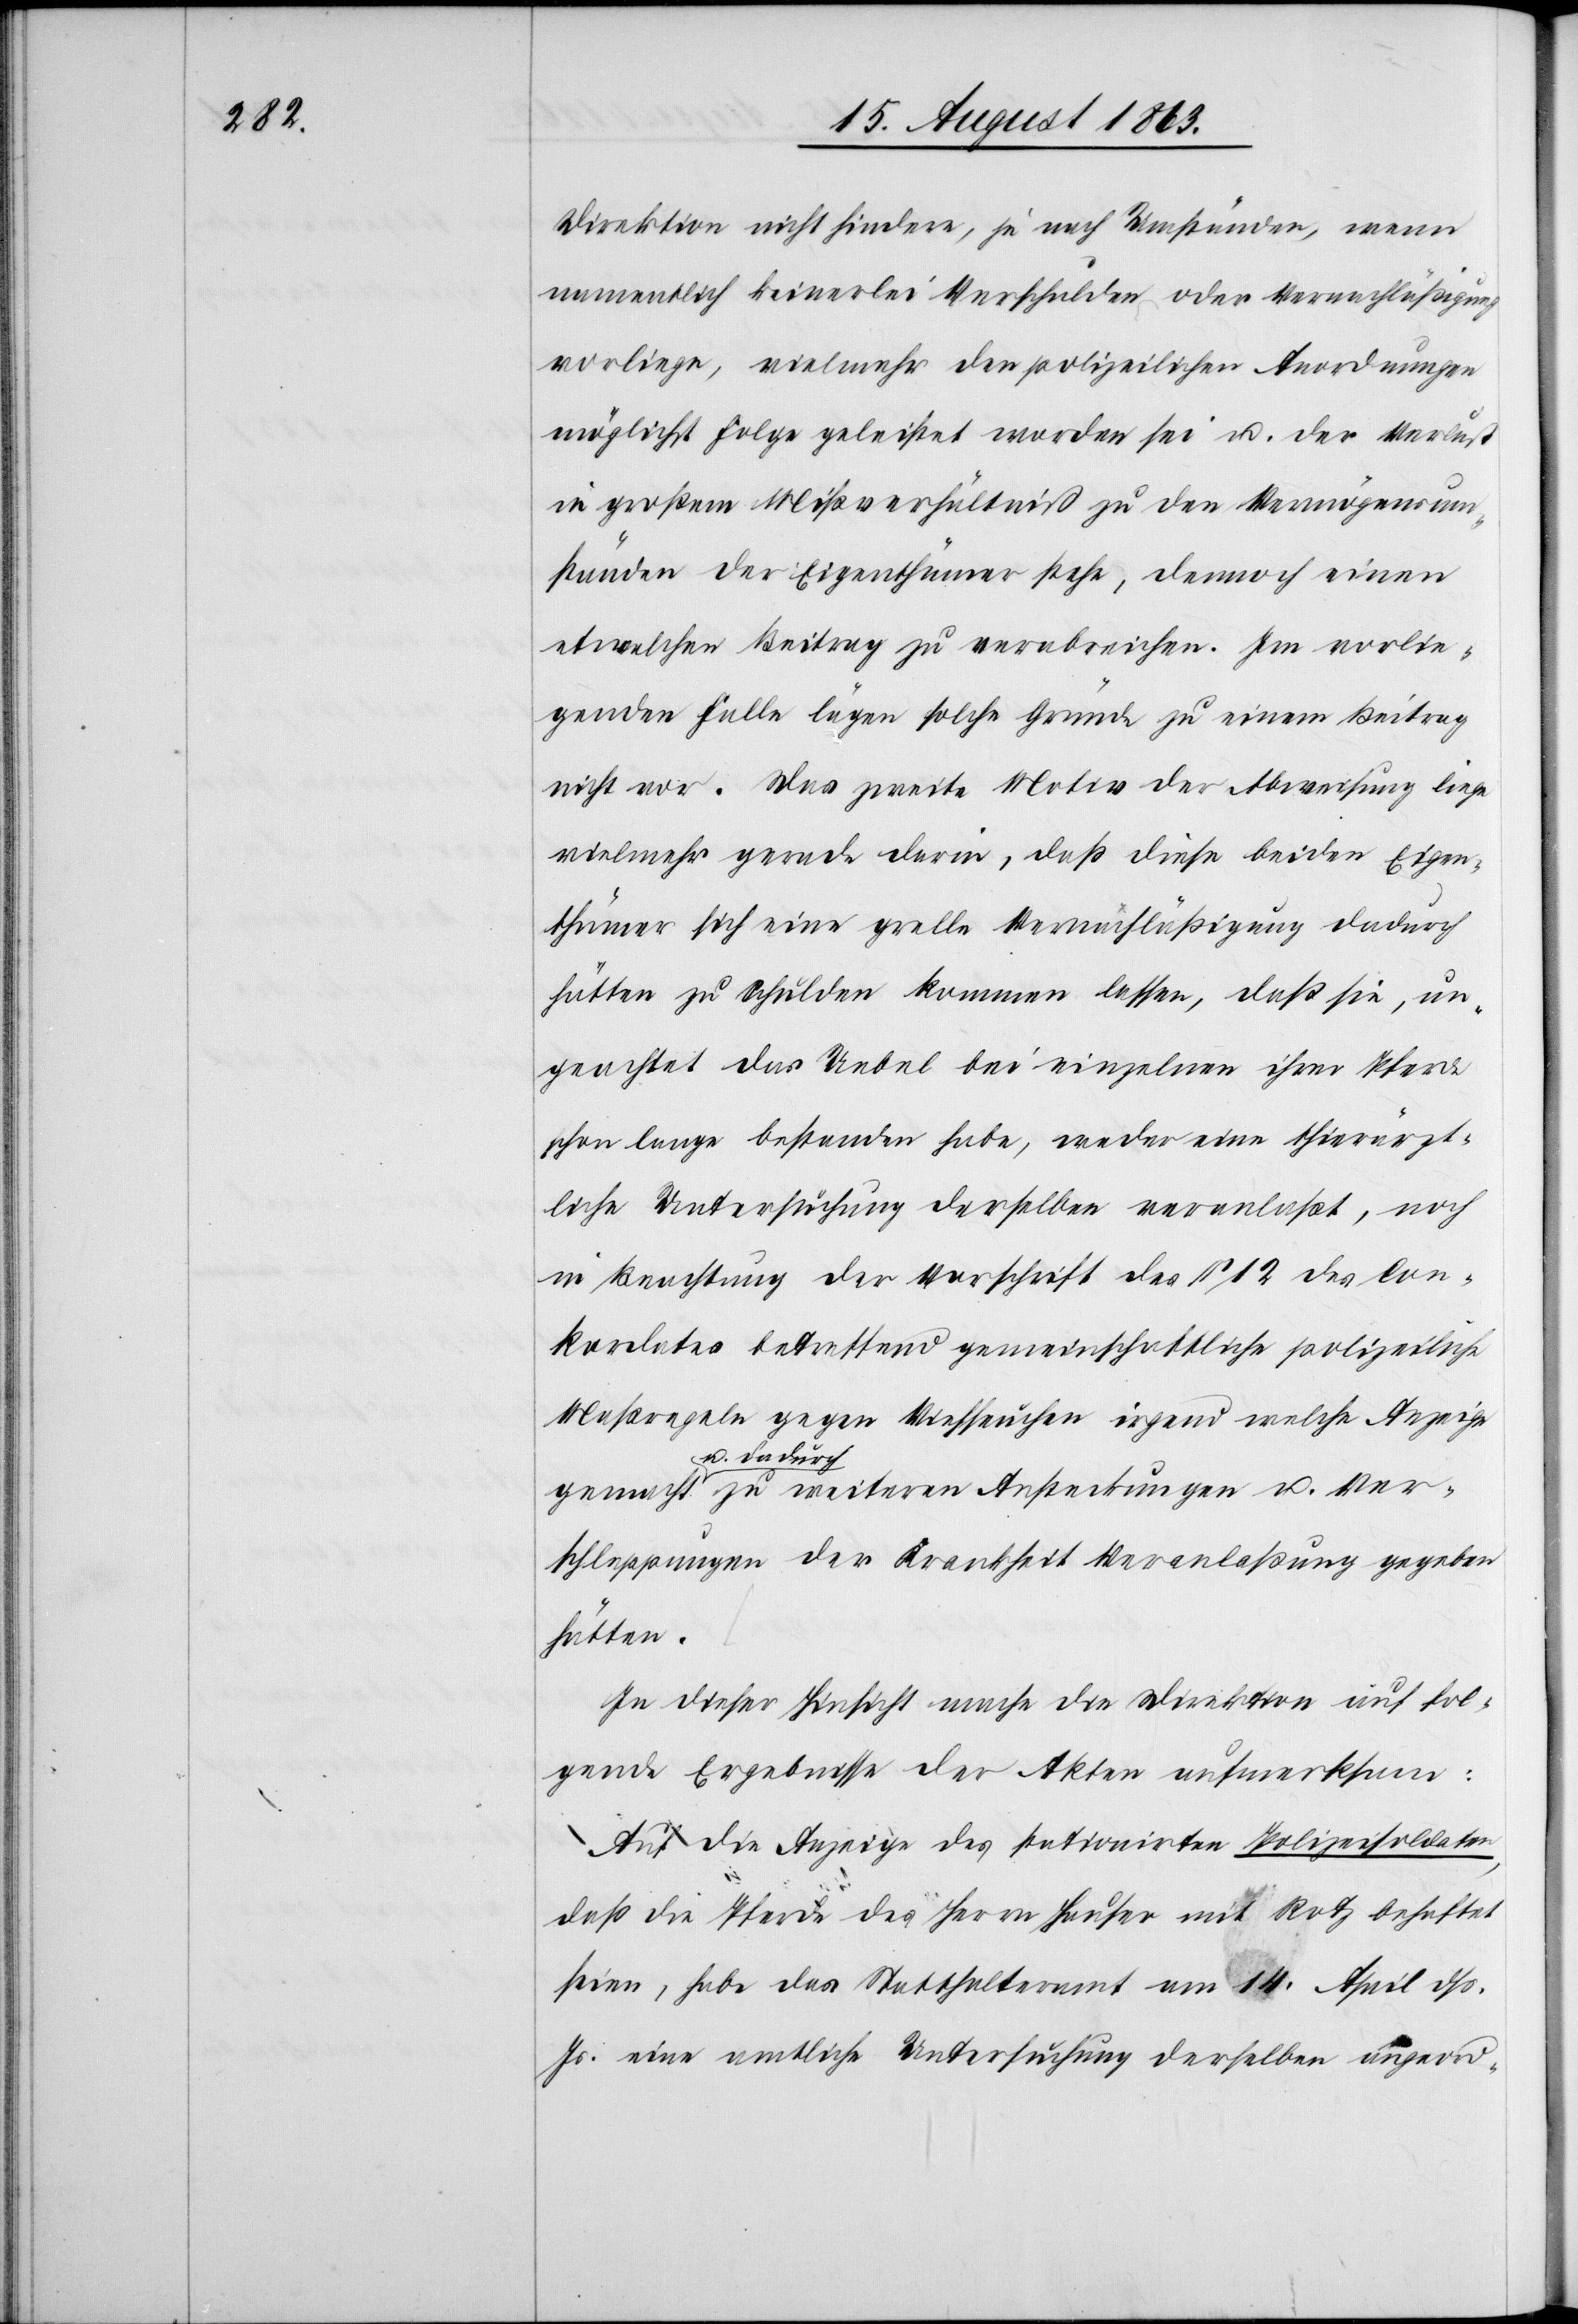
Direktion nicht hindere, je nach Umständen, wenn
namentlich keinerlei Verschulden oder Vernachläßigung
vorliege, vielmehr den polizeilichen Anordnungen
möglichst Folge geleistet worden sei u. der Verlust
in großem Mißverhältniß zu den Vermögensum¬
ständen der Eigenthümer stehe, dennoch einen
etwelchen Beitrag zu verabreichen. Im vorlie¬
genden Falle lägen solche Gründe zu einem Beitrag
nicht vor. Das zweite Motiv der Abweisung liege
vielmehr gerade darin, daß diese beiden Eigen¬
thümer sich eine grelle Vernachläßigung dadurch
hätten zu Schulden kommen lassen, daß sie, un¬
geachtet das Uebel bei einzelnen ihrer Pferde
schon lange bestanden habe, weder eine thierärzt¬
liche Untersuchung derselben veranlaßt, noch
in Beachtung der Vorschrift des § 12 des Con¬
kordates betreffend gemeinschaftliche polizeiliche
Maßregeln gegen Viehseuchen irgend welche Anzeige
u. dadur¬
ch zu weiteren Ansteckungen u. Ver¬
schleppungen der Krankheit Veranlaßung gegeben
hätten.
In dieser Hinsicht mache die Direktion auf fol¬
gende Ergebnisse der Akten aufmerksam:
Auf die Anzeige des stationirten Polizeisoldaten,
daß die Pferde des Herrn Hauser mit Rotz behaftet
seien, habe das Statthalteramt am 14. April dß.
Js. eine amtliche Untersuchung derselben angeord-